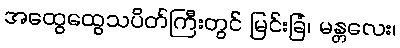
အထွေထွေသပိတ်ကြီးတွင် မြင်းခြံ၊ မန္တလေး၊